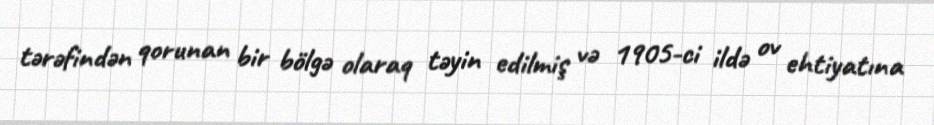
tərəfindən qorunan bir bölgə olaraq təyin edilmiş və 1905-ci ildə ov ehtiyatına